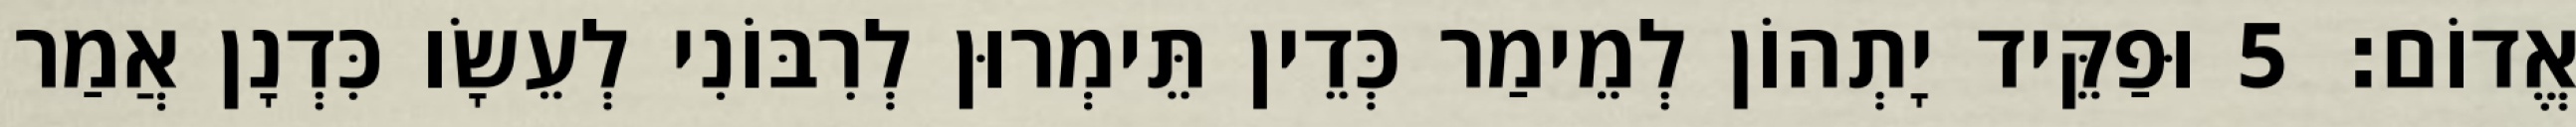
אֱדוֹם׃ 5 וּפַקֵּיד יָתְהוֹן לְמֵימַר כְּדֵין תֵּימְרוּן לְרִבּוֹנִי לְעֵשָׂו כִּדְנָן אֲמַר